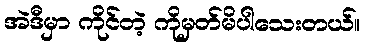
အဲဒီမှာ ကိုင်တဲ့ ကိုမှတ်မိပါသေးတယ်။